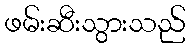
ဖမ်းဆီးသွားသည်